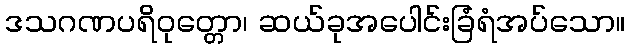
ဒသဂဏပရိဝုတ္တော၊ ဆယ်ခုအပေါင်းခြံရံအပ်သော။